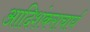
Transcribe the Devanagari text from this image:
आदिशंकराचार्य